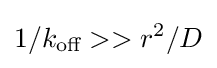
1/k_{\text{off}}>>r^{2}/D